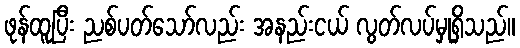
ဖုန်ထူပြီး ညစ်ပတ်သော်လည်း အနည်းငယ် လွတ်လပ်မှုရှိသည်။